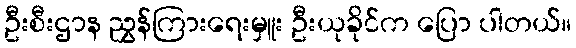
ဦးစီးဌာန ညွှန်ကြားရေးမှူး ဦးယုခိုင်က ပြော ပါတယ်။